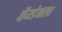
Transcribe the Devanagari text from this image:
कॅम्डेनला